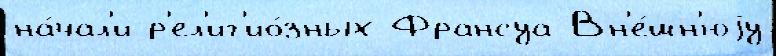
на́чал'и р'ел'иг'ио́зных Франсуа Вн'е́шн'юjу